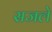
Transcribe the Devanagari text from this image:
सजले